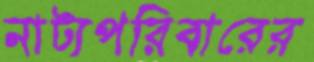
নাট্যপরিবারের